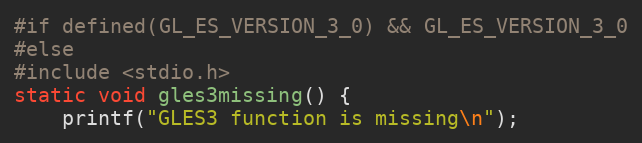
Language: C
#if defined(GL_ES_VERSION_3_0) && GL_ES_VERSION_3_0
#else
#include <stdio.h>
static void gles3missing() {
	printf("GLES3 function is missing\n");